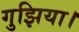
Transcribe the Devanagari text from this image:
गुझिया।